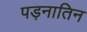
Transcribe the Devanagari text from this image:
पड़नातिन